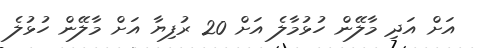
އަށް އަދި މާލޭން ހުޅުމާލެ އަށް 20 ރުފިޔާ އަށް މާލޭން ހުޅުލެ